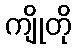
ကျိုတို